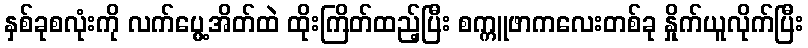
နှစ်ခုစလုံးကို လက်ပွေ့အိတ်ထဲ ထိုးကြိတ်ထည့်ပြီး စက္ကူဖာကလေးတစ်ခု နှိုက်ယူလိုက်ပြီး